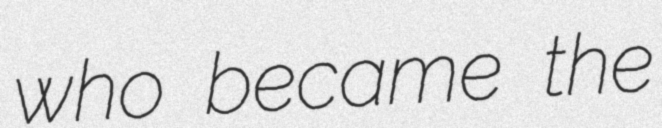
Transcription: who became the